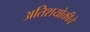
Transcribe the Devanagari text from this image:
अतिशयोक्तीचे